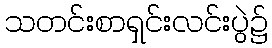
သတင်းစာရှင်းလင်းပွဲ၌